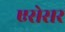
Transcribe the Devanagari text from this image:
एसेसर